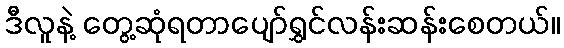
ဒီလူနဲ့ တွေ့ဆုံရတာပျော်ရွှင်လန်းဆန်းစေတယ်။